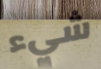
شيء